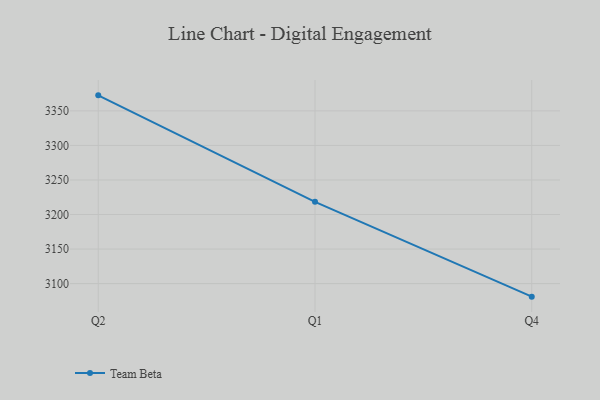
{"axis": {"x": "Quarter", "y": "Bounce Rate (%)"}, "legend": ["Team Beta"], "data": [{"x": "Q2", "y": 3372.5, "type": "Team Beta"}, {"x": "Q1", "y": 3218.3, "type": "Team Beta"}, {"x": "Q4", "y": 3081.1, "type": "Team Beta"}]}